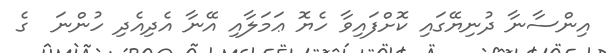
އިންސާނާ ދުނިޔޭގައި ކޮށްފައިވާ ހެޔޮ ޢަމަލާއި އޭނާ އެދިއެދި ހުންނަ  ގެ